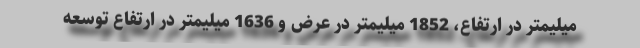
میلیمتر در ارتفاع، 1852 میلیمتر در عرض و 1636 میلیمتر در ارتفاع توسعه